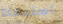
استبعاد